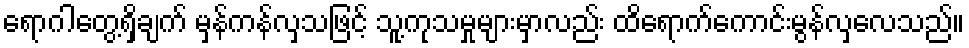
ရောဂါတွေ့ရှိချက် မှန်ကန်လှသဖြင့် သူ့ကုသမှုများမှာလည်း ထိရောက်ကောင်းမွန်လှလေသည်။